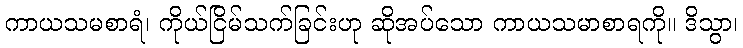
ကာယသမစာရံ၊ ကိုယ်ငြိမ်သက်ခြင်းဟု ဆိုအပ်သော ကာယသမာစာရကို။ ဒိသွာ၊